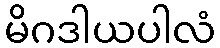
မိဂဒါယပါလံ